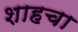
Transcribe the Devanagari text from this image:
शाहचा